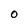
Character: O